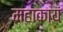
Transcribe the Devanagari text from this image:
महाकायं